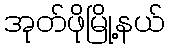
အုတ်ဖိုမြို့နယ်